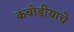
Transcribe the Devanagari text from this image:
कंबोडीयाचे